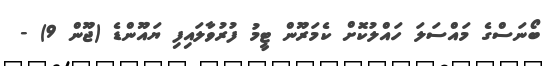
ބޯނަސްގެ މައްސަލަ ހައްލުކޮށް ކެމަރޫން ޓީމު ފުރުވާލައިފި ޔައޫންޑެ (ޖޫން 9) -